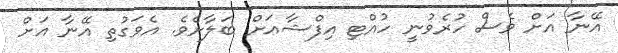
އޭނާ އަށް ވެސް ހުރެވުނީ ހުއްޓި އިފްޝާއަށް ބަލާށެވެ. އެވަގުތި އޭނާ އަށް